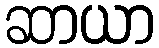
ဆာယာ